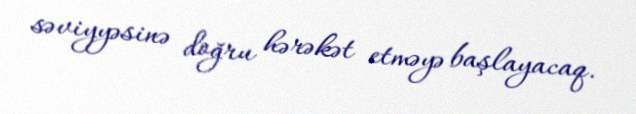
səviyyəsinə doğru hərəkət etməyə başlayacaq.